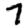
Digit: 7